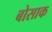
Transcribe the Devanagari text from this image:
बोसाक